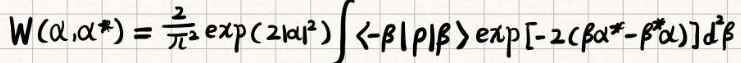
\[
W(\alpha,\alpha^*) = \frac{2}{\pi^2} \exp(2|\alpha|^2) \int \langle -\beta | \rho | \beta \rangle \exp[-2(\beta\alpha^* - \beta^*\alpha)] d^2\beta
\]